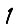
Digit: 1